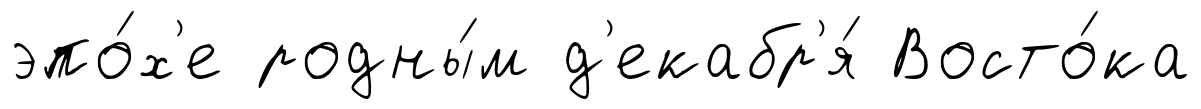
эпо́х'е родны́м д'екабр'я́ Восто́ка